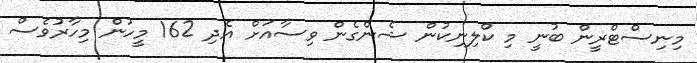
މިނިސްޓްރީން ބުނީ މި ކްލިނިކުން ޝެންގެން ވިސާއަށް އެދި 162 މީހުން މިހާރުވެސް